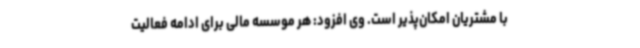
با مشتریان امکان‌پذیر است. وی افزود: هر موسسه مالی برای ادامه فعالیت